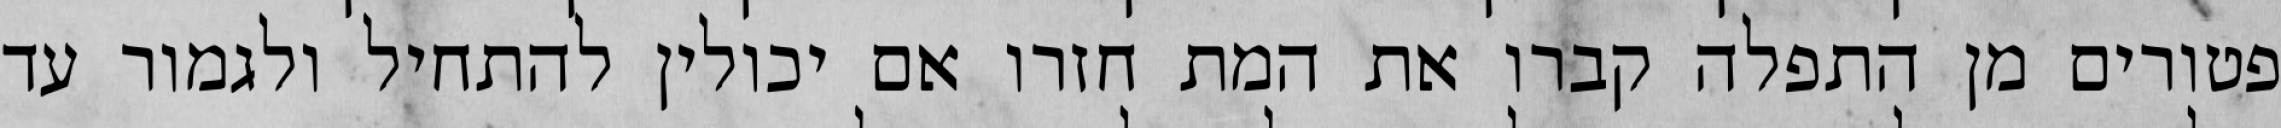
פטורים מן התפלה קברו את המת חזרו אם יכולין להתחיל ולגמור עד